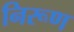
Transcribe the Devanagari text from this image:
निरूण